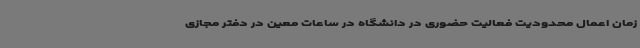
زمان اعمال محدودیت فعالیت حضوری در دانشگاه در ساعات معین در دفتر مجازی